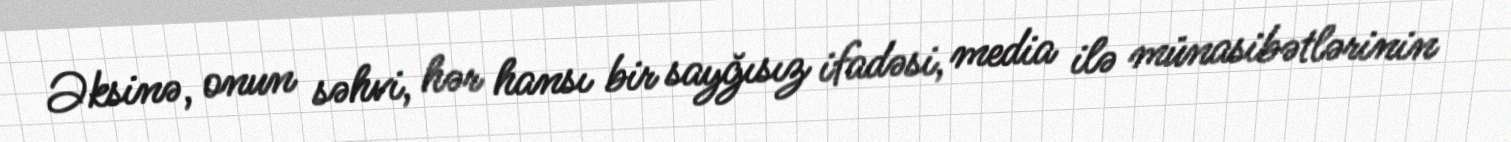
Əksinə, onun səhvi, hər hansı bir sayğısız ifadəsi, media ilə münasibətlərinin